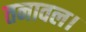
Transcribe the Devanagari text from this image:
तनावल।